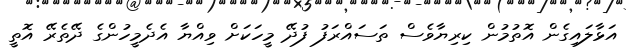
އަޅާލައިގެން އޮތުމުން ކިރިޔާވެސް ތަސައްރަފު ފުދޭ މީހަކަށް ވިއްޔާ އެދެމީހުންގެ ދޭތެރޭ އޮތީ